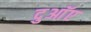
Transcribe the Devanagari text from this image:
दुआॅए